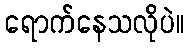
ရောက်နေသလိုပဲ။